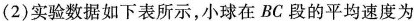
(2)实验数据如下表所示，小球在BC段的平均速度为